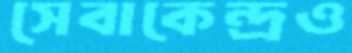
সেবাকেন্দ্রও